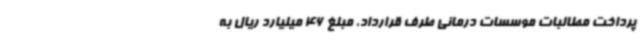
پرداخت مطالبات موسسات درمانی طرف قرارداد، مبلغ 46 میلیارد ریال به